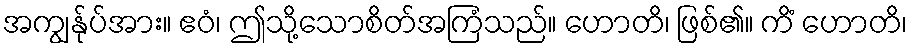
အကျွန်ုပ်အား။ ဧဝံ၊ ဤသို့သောစိတ်အကြံသည်။ ဟောတိ၊ ဖြစ်၏။ ကိံ ဟောတိ၊